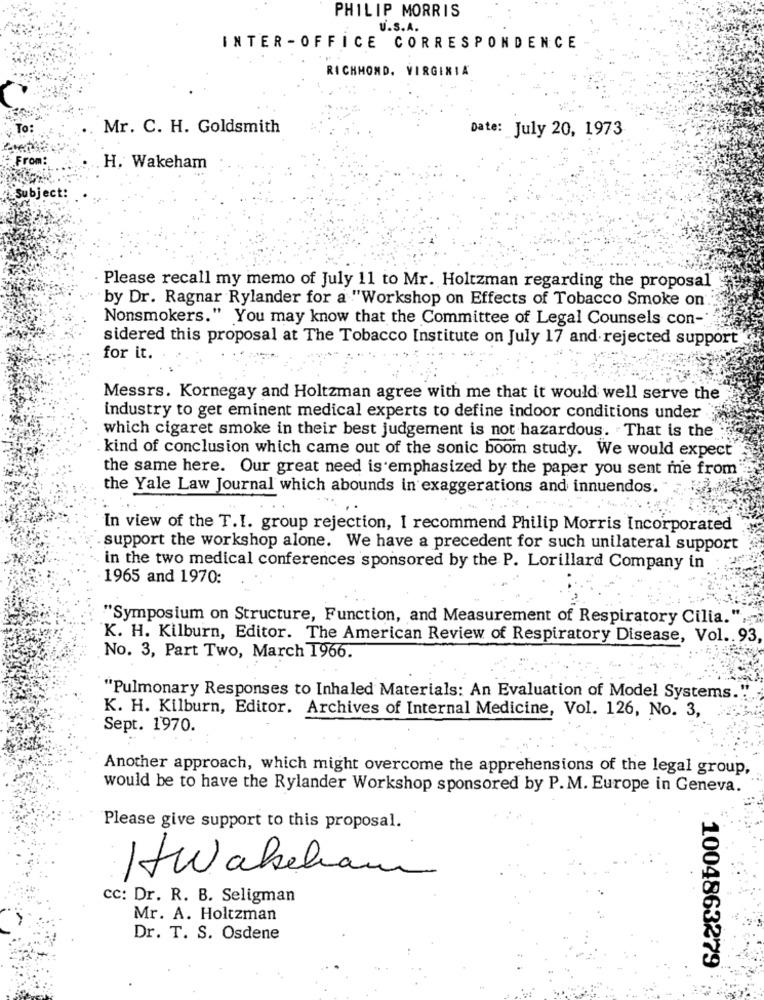
PHILIP MORRIS
U.S.A.
INTER -OFFICE CORRESPONDENCE
RICHMOND, VIRGINIA
To:
Mr. C. H. Goldsmith
Date: July 20, 1973
From
H. Wakeham
Subject:
Please recall my memo of July 11 to Mr. Holtzman regarding the proposal
by Dr. Ragnar Rylander for a "Workshop on Effects of Tobacco Smoke on'.
Nonsmokers." You may know that the Committee of Legal Counsels con-
sidered this proposal at The Tobacco Institute on July 17 and rejected support"
for it.
Messrs. Kornegay and Holtzman agree with me that it would well serve the
industry to get eminent medical experts to define indoor conditions under
which cigaret smoke in their best judgement is not hazardous. That is the
kind of conclusion which came out of the sonic boom study. We would expect"
the same here. Our great need is emphasized by the paper you sent me from
the Yale Law Journal which abounds in exaggerations and innuendos.
In view of the T.I. group rejection, I recommend Philip Morris Incorporated
.support the workshop alone. We have a precedent for such unilateral support
in the two medical conferences sponsored by the P. Lorillard Company in
1965 and 1970:
"Symposium on Structure, Function, and Measurement of Respiratory Cilia."
K. H. Kilburn, Editor. The American Review of Respiratory Disease, Vol .. 93
No. 3, Part Two, March 1966.
"Pulmonary Responses to Inhaled Materials: An Evaluation of Model Systems.
K. H. Kilburn, Editor. Archives of Internal Medicine, Vol. 126, No. 3,
Sept. 1970.
Another approach, which might overcome the apprehensions of the legal group,
would be to have the Rylander Workshop sponsored by P. M. Europe in Geneva.
Please give support to this proposal.
..
Hwakelam
CC: Dr. R. B. Seligman
Mr. A. Holtzman
Dr. T. S. Osdene
1004863279